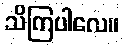
သိကြပါလေ။